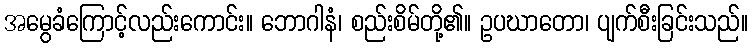
အမွေခံကြောင့်လည်းကောင်း။ ဘောဂါနံ၊ စည်းစိမ်တို့၏။ ဥပဃာတော၊ ပျက်စီးခြင်းသည်။